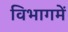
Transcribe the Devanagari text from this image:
विभागमें